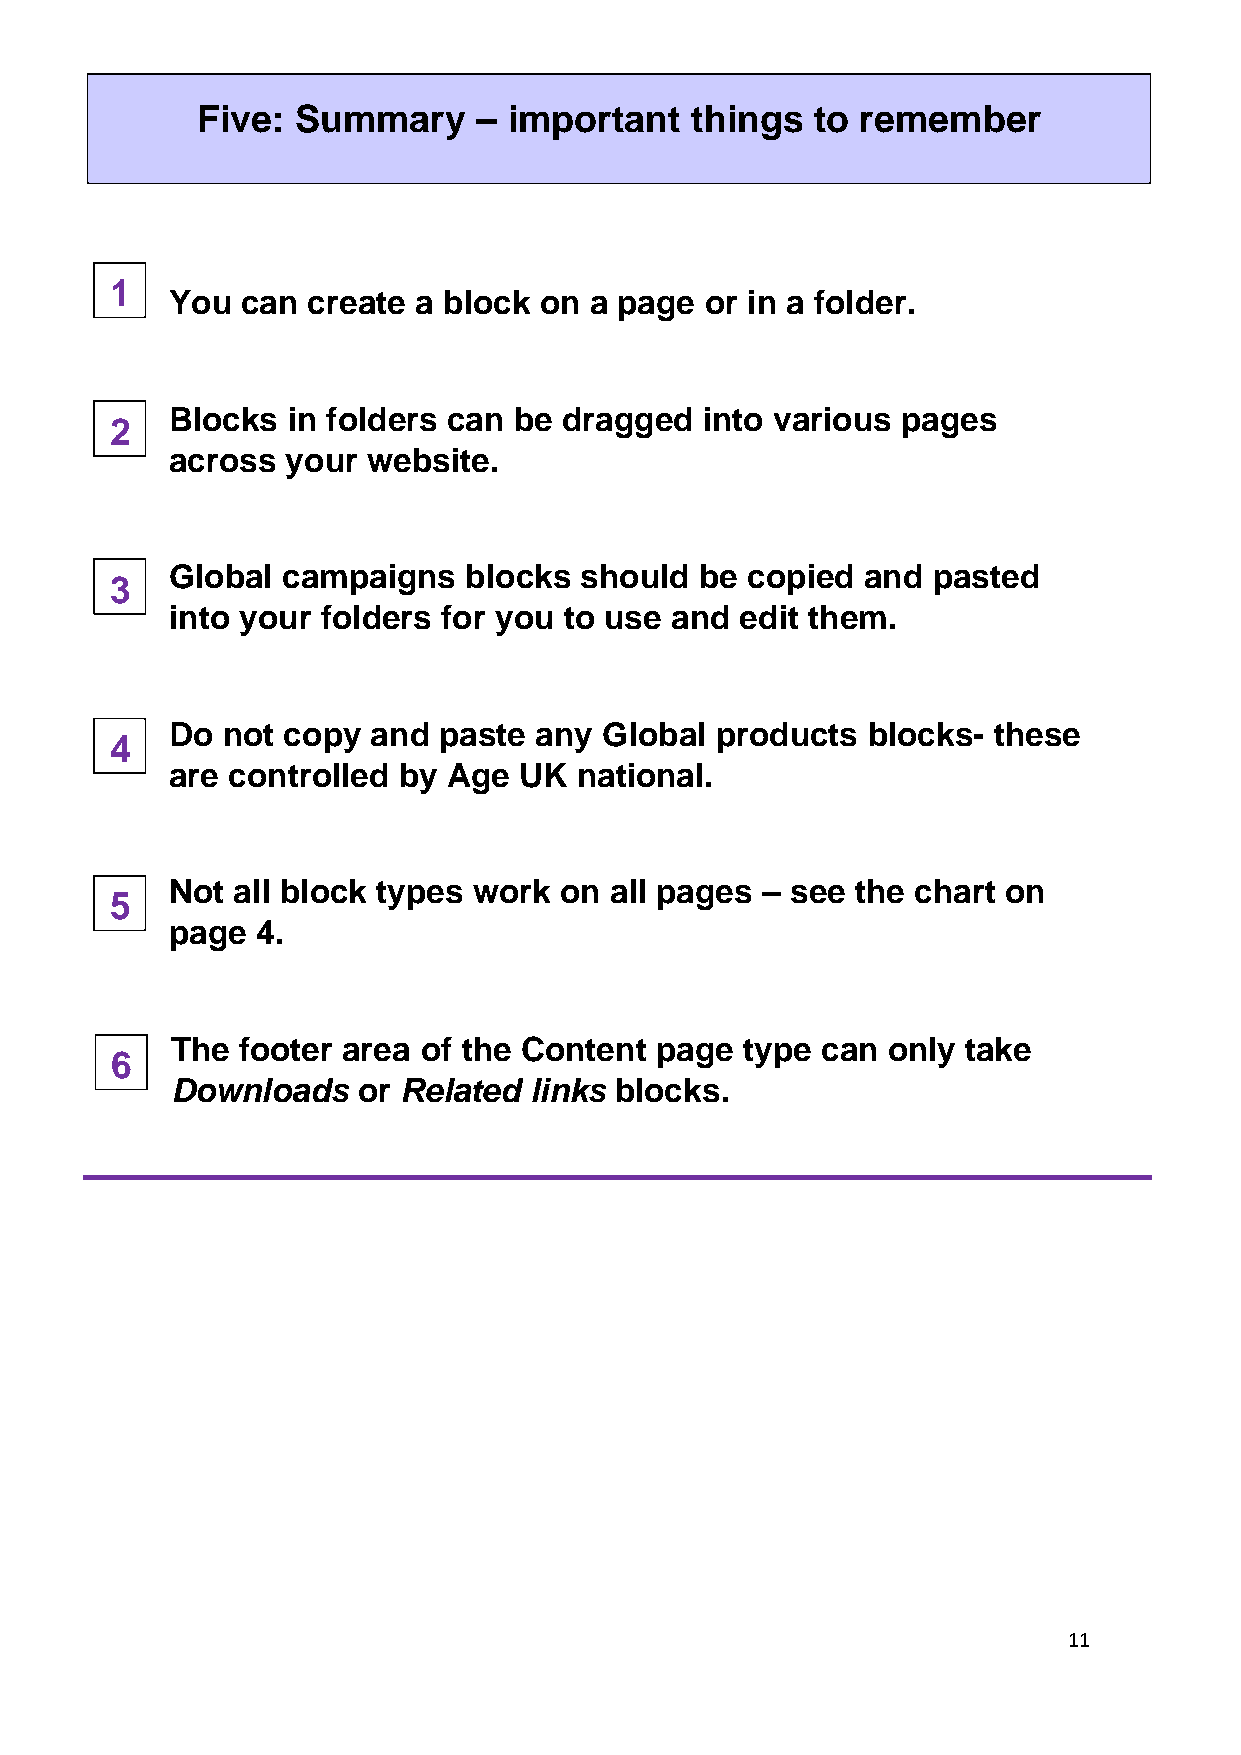
Five:  Summary     – important   things  to remember
 1
 You  can create a block  on a page  or in a folder.
 Blocks  in folders can be dragged  into various  pages
 2
 across  your website.
 Global  campaigns   blocks should  be copied  and  pasted
 3
 into your folders for you to use and  edit them.
 Do  not copy  and paste any  Global products  blocks-  these
 4
 are controlled by  Age UK  national.
 Not all block types work  on all pages – see  the chart on
 5
 page  4.
 The  footer area of the Content page  type can  only take
 6
 Downloads    or Related links blocks.
 11